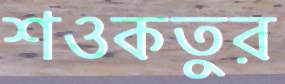
শওকতুর